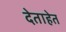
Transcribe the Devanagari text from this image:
देताहेत